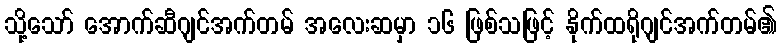
သို့သော် အောက်ဆီဂျင်အက်တမ် အလေးဆမှာ ၁၆ ဖြစ်သဖြင့် နိုက်ထရိုဂျင်အက်တမ်၏